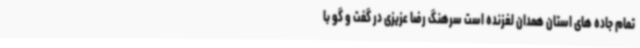
تمام جاده های استان همدان لغزنده است سرهنگ رضا عزیزی در گفت و گو با